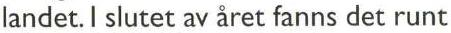
landet. I slutet av året fanns det runt